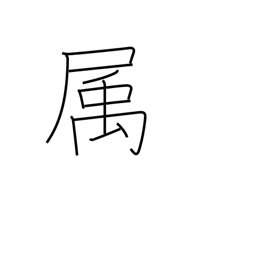
Meaning: affiliated